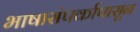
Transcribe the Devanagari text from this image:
भाषासंपर्कापासून